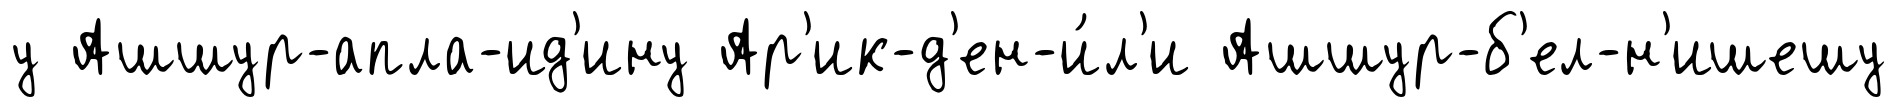
у Ашшур-апла-ид'ину Ар'ик-д'ен-и́л'и Ашшур-б'ел-н'ишешу